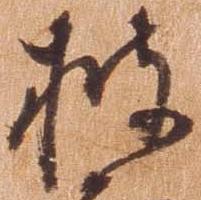
披